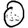
Digit: 0